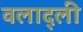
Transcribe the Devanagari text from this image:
वलाद्ली